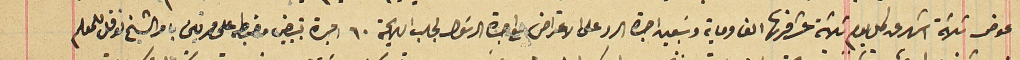
عوض ثلاثة اشهر عن كل يوم ثلاثة عشر قرشاً الف وماية وسَبعين اجرة الرد على الاعتراض مع اجرة الرسَول لجلب اللابحة ٦٠ اجرة تبييض مضبطه على مرتين بامر الشيخ نوفل المعلم